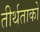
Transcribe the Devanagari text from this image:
तीर्थताको